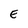
Character: E